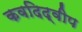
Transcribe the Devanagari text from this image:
कवदिद्वीप